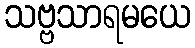
သဗ္ဗသာရမယေ